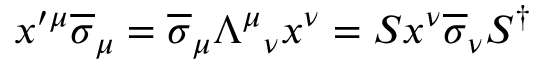
x ^ { \prime \mu } { \overline { { \sigma } } } _ { \mu } = { \overline { { \sigma } } } _ { \mu } { \Lambda ^ { \mu } } _ { \nu } x ^ { \nu } = S x ^ { \nu } { \overline { { \sigma } } } _ { \nu } S ^ { \dagger }